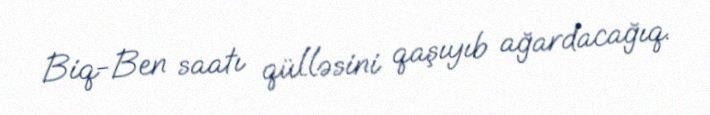
Biq-Ben saatı qülləsini qaşıyıb ağardacağıq.